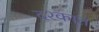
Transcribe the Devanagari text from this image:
दश्कात